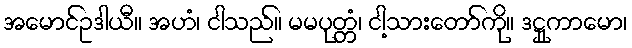
အမောင်ဥဒါယီ။ အဟံ၊ ငါသည်။ မမပုတ္တံ၊ ငါ့သားတော်ကို။ ဒဋ္ဌုကာမော၊